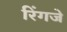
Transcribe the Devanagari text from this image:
रिंगजे